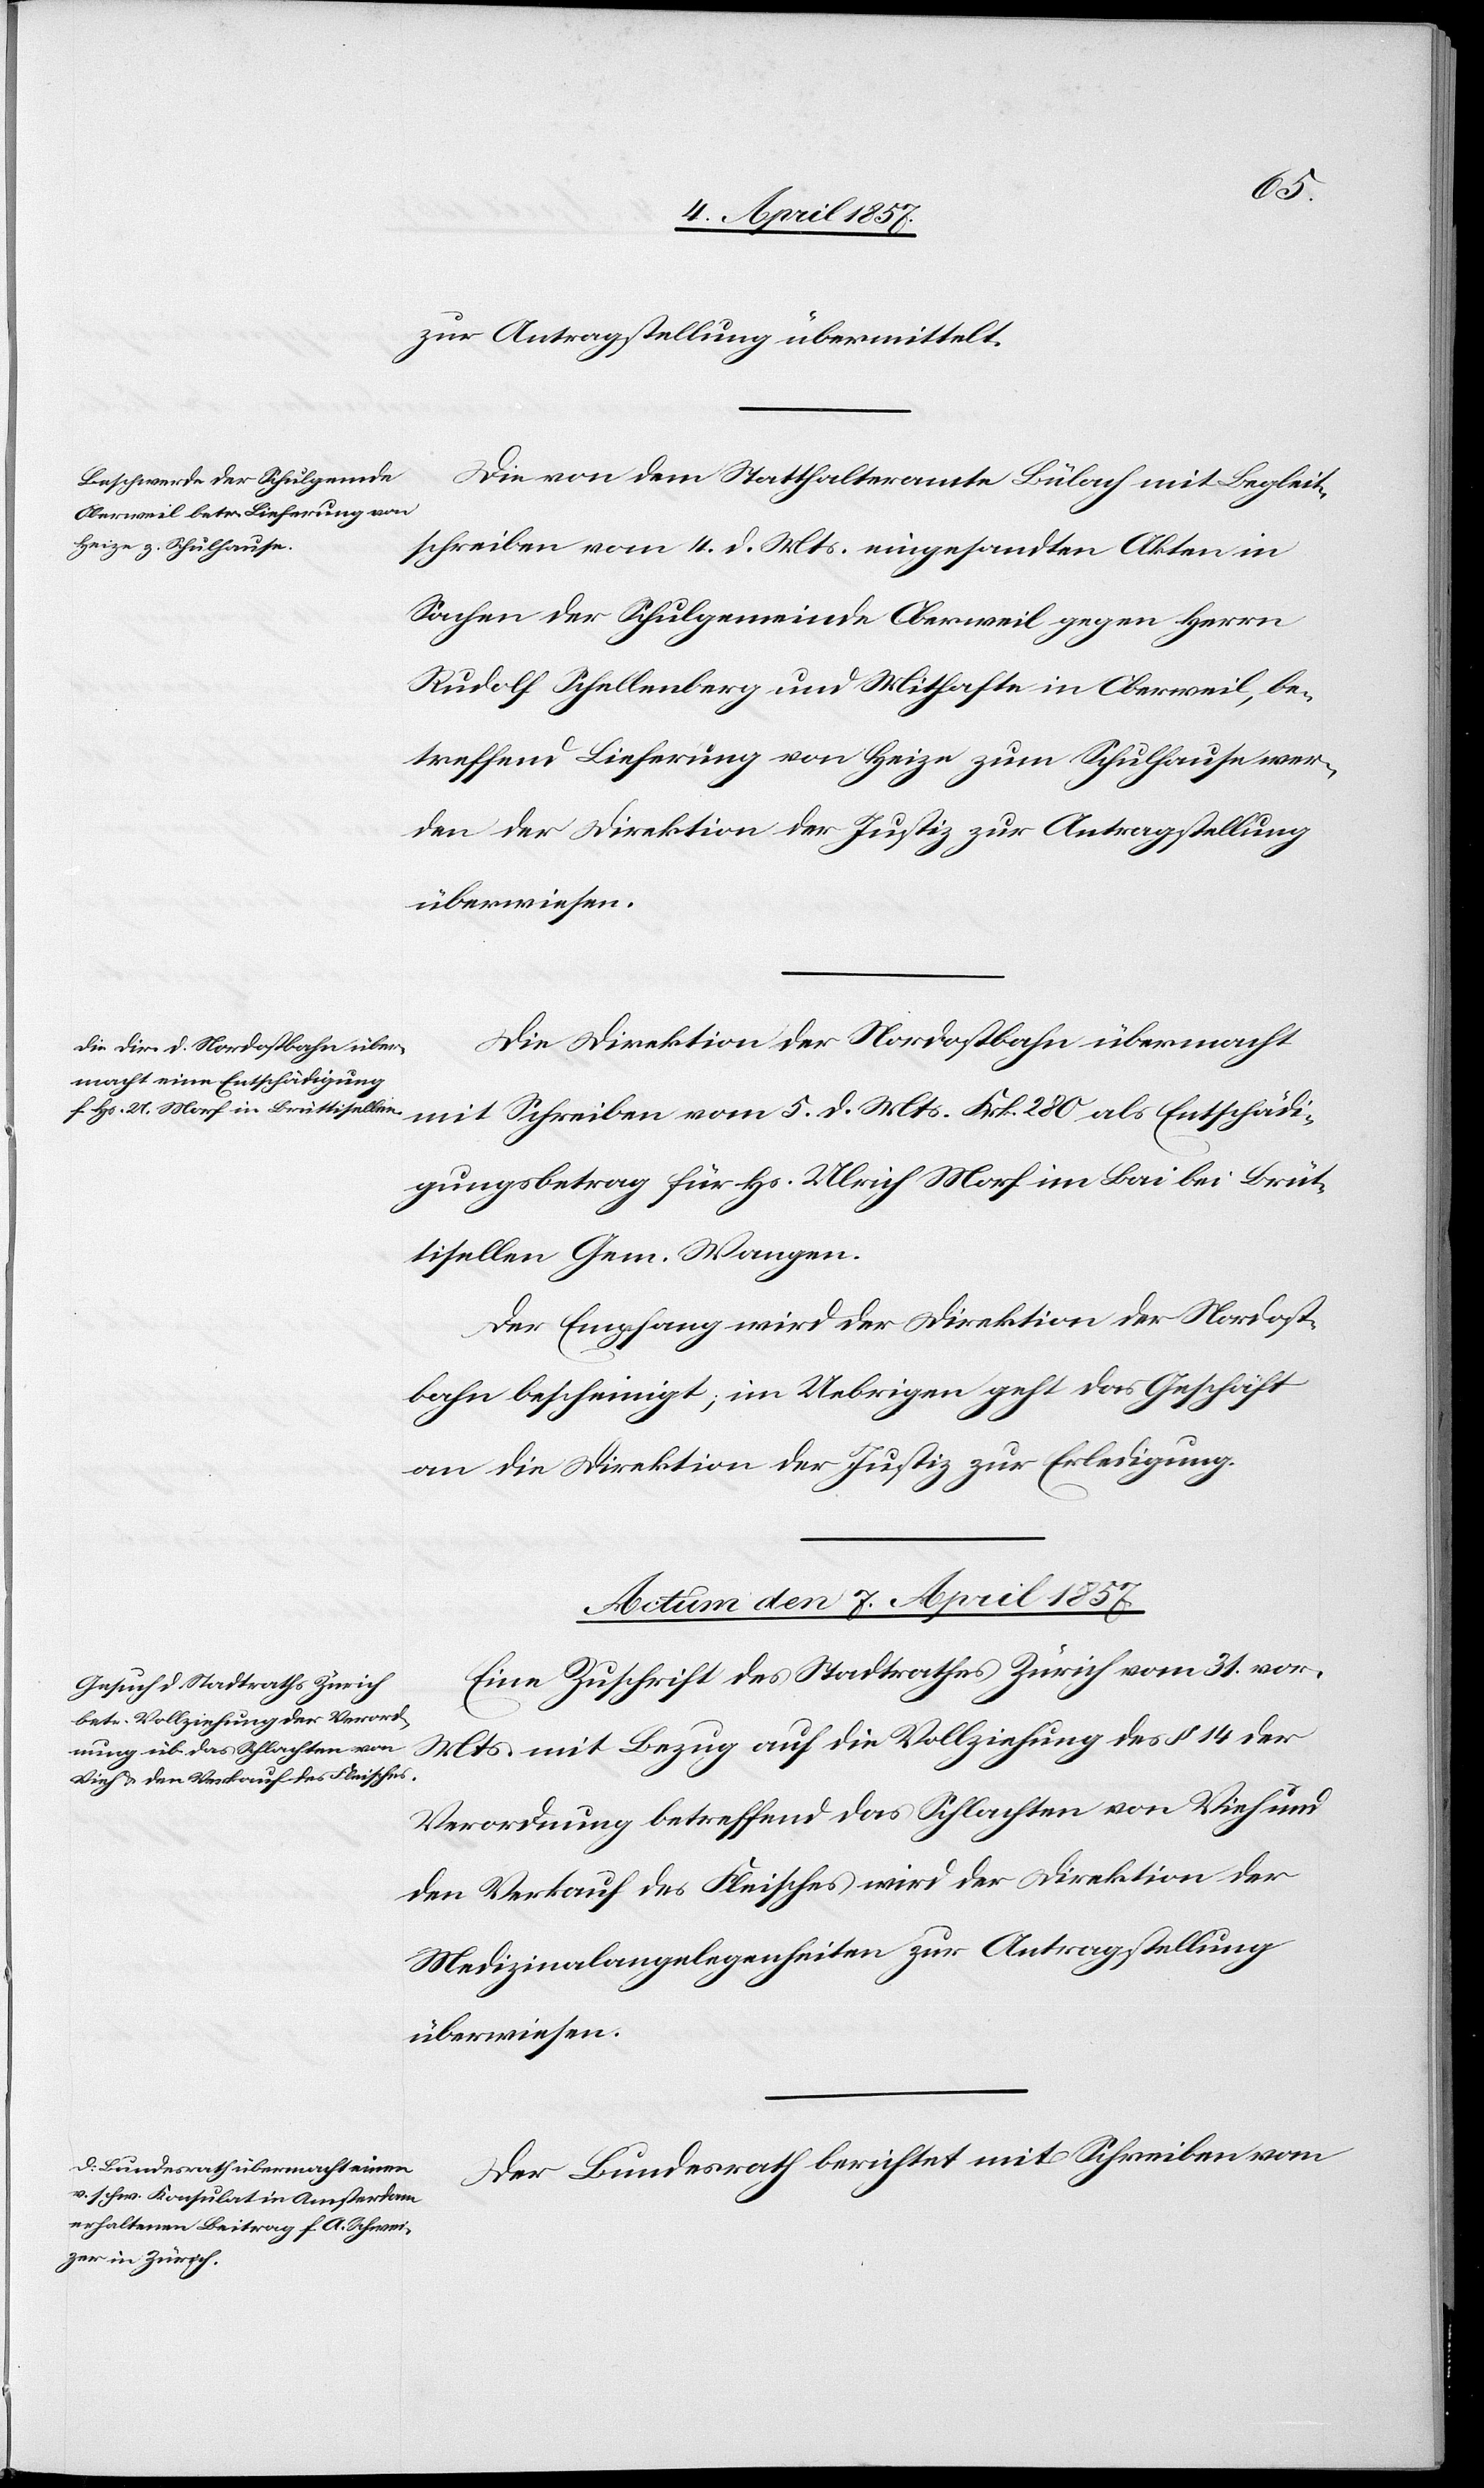
zur Antragstellung übermittelt.
Die von dem Statthalteramte Bülach mit Begleit¬
schreiben vom 4. d. Mts. eingesandten Akten in
Sachen der Schulgemeinde Oberweil gegen Herrn
Rudolf Schellenberg und Mithafte in Oberweil, be¬
treffend Lieferung von Heize zum Schulhause wer¬
den der Direktion der Justiz zur Antragstellung
überwiesen.
Die Direktion der Nordostbahn übermacht
mit Schreiben vom 5. d. Mts. Frk. 280 als Entschädi¬
gungsbetrag für Hs. Ulrich Morf im Bai bei Brüt¬
tisellen Gem. Wangen.
Der Empfang wird der Direktion der Nordost¬
bahn bescheinigt; im Uebrigen geht das Geschäft
an die Direktion der Justiz zur Erledigung.
Actum den 7. April 1857.]
Eine Zuschrift des Stadtrathes Zürich vom 31. vor.
Mts mit Bezug auf die Vollziehung des § 14 der
Verordnung betreffend das Schlachten von Vieh und
den Verkauf des Fleisches wird der Direktion der
Medizinalangelegenheiten zur Antragstellung
überwiesen.
Der Bundesrath berichtet mit Schreiben vom